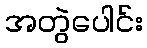
အတွဲပေါင်း